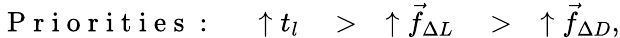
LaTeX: \mathrm{~P~r~i~o~r~i~t~i~e~s~:~}\quad\uparrow t_{l}\quad>\quad\uparrow\vec{f}_{\Delta L}\quad>\quad\uparrow\vec{f}_{\Delta D},